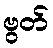
ဗွတ်